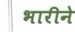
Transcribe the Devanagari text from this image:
भारीने